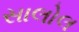
સાલોલ